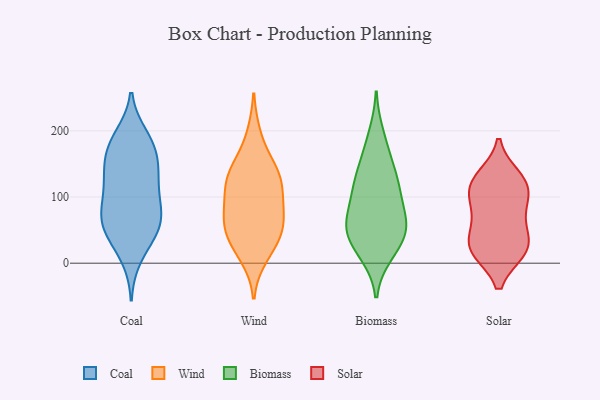
{"axis": {"x": "Churn Rate (%)", "y": "Value"}, "legend": ["Biomass", "Coal", "Solar", "Wind"], "data": [{"x": "", "y": 128, "type": "Coal"}, {"x": "", "y": 181, "type": "Coal"}, {"x": "", "y": 191, "type": "Coal"}, {"x": "", "y": 38, "type": "Coal"}, {"x": "", "y": 153, "type": "Coal"}, {"x": "", "y": 114, "type": "Coal"}, {"x": "", "y": 47, "type": "Coal"}, {"x": "", "y": 176, "type": "Coal"}, {"x": "", "y": 134, "type": "Coal"}, {"x": "", "y": 139, "type": "Coal"}, {"x": "", "y": 65, "type": "Coal"}, {"x": "", "y": 95, "type": "Coal"}, {"x": "", "y": 76, "type": "Coal"}, {"x": "", "y": 178, "type": "Coal"}, {"x": "", "y": 62, "type": "Coal"}, {"x": "", "y": 10, "type": "Coal"}, {"x": "", "y": 80, "type": "Coal"}, {"x": "", "y": 55, "type": "Coal"}, {"x": "", "y": 45, "type": "Wind"}, {"x": "", "y": 29, "type": "Wind"}, {"x": "", "y": 68, "type": "Wind"}, {"x": "", "y": 112, "type": "Wind"}, {"x": "", "y": 11, "type": "Wind"}, {"x": "", "y": 41, "type": "Wind"}, {"x": "", "y": 63, "type": "Wind"}, {"x": "", "y": 124, "type": "Wind"}, {"x": "", "y": 134, "type": "Wind"}, {"x": "", "y": 192, "type": "Wind"}, {"x": "", "y": 92, "type": "Wind"}, {"x": "", "y": 142, "type": "Wind"}, {"x": "", "y": 77, "type": "Wind"}, {"x": "", "y": 137, "type": "Wind"}, {"x": "", "y": 194, "type": "Biomass"}, {"x": "", "y": 68, "type": "Biomass"}, {"x": "", "y": 52, "type": "Biomass"}, {"x": "", "y": 145, "type": "Biomass"}, {"x": "", "y": 16, "type": "Biomass"}, {"x": "", "y": 43, "type": "Biomass"}, {"x": "", "y": 39, "type": "Biomass"}, {"x": "", "y": 112, "type": "Biomass"}, {"x": "", "y": 14, "type": "Biomass"}, {"x": "", "y": 106, "type": "Biomass"}, {"x": "", "y": 116, "type": "Biomass"}, {"x": "", "y": 50, "type": "Biomass"}, {"x": "", "y": 128, "type": "Biomass"}, {"x": "", "y": 75, "type": "Biomass"}, {"x": "", "y": 62, "type": "Biomass"}, {"x": "", "y": 168, "type": "Biomass"}, {"x": "", "y": 22, "type": "Solar"}, {"x": "", "y": 114, "type": "Solar"}, {"x": "", "y": 129, "type": "Solar"}, {"x": "", "y": 84, "type": "Solar"}, {"x": "", "y": 25, "type": "Solar"}, {"x": "", "y": 118, "type": "Solar"}, {"x": "", "y": 20, "type": "Solar"}, {"x": "", "y": 20, "type": "Solar"}, {"x": "", "y": 77, "type": "Solar"}, {"x": "", "y": 118, "type": "Solar"}, {"x": "", "y": 49, "type": "Solar"}]}